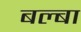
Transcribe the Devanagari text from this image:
बल्बा